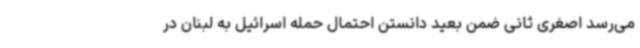
می‌رسد اصغری ثانی ضمن بعید دانستن احتمال حمله اسرائیل به لبنان در